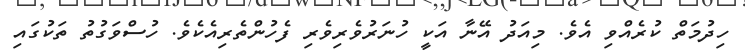
ހިދުމަތް ކުރެއްވި އެވެ. މިއަދު އޭނާ އަކީ ހުނަރުވެރިވެރި ފެހުންތެރިއެކެވެ. ހުސްވަގުތު ތަކުގައި